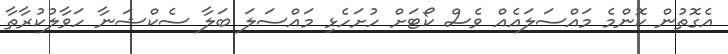
އެގޮތުން ކޮންމެ މައްސަލައެއް ވެސް ކޯޓަށް ހުށަހެޅި މައްސަލަ ބަލާ ސެކްޝަނާ ހަވާލުކުރާތާ